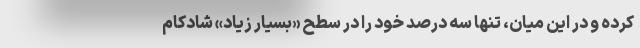
کرده و در این میان، تنها سه درصد خود را در سطح «بسیار زیاد» شادکام